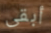
أبقى